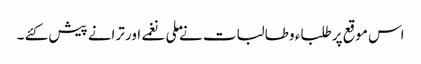
اس موقع پر طلباء و طالبات نے ملی نغمے اور ترانے پیش کئے ۔